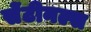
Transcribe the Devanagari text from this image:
सेंटीनल्स